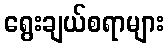
ရွေးချယ်စရာများ